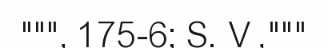
""", 175-6; S. V ,"""